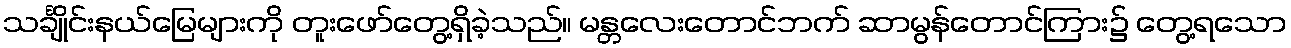
သင်္ချိုင်းနယ်မြေများကို တူးဖော်တွေ့ရှိခဲ့သည်။ မန္တလေးတောင်ဘက် ဆာမွန်တောင်ကြား၌ တွေ့ရသော